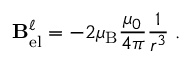
\mathbf { B } _ { \mathrm { e l } } ^ { \ell } = - 2 \mu _ { \mathrm { B } } { \frac { \mu _ { 0 } } { 4 \pi } } { \frac { 1 } { r ^ { 3 } } } \mathbf { \ell } .